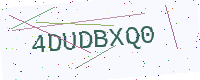
Text: 4DUDBXQ0